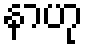
နာဟု